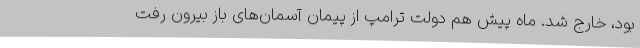
بود، خارج شد. ماه پیش هم دولت ترامپ از پیمان آسمان‌های باز بیرون رفت